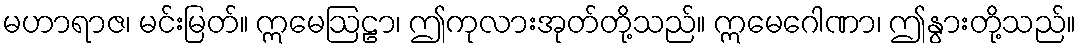
မဟာရာဇ၊ မင်းမြတ်။ ဣမေဩဠာ၊ ဤကုလားအုတ်တို့သည်။ ဣမေဂေါဏာ၊ ဤနွားတို့သည်။